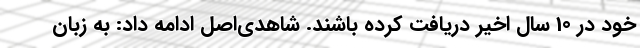
خود در 10 سال اخیر دریافت کرده باشند. شاهدی‌اصل ادامه داد: به زبان